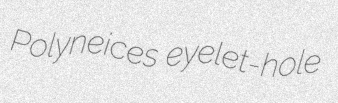
Polyneices eyelet-hole